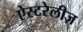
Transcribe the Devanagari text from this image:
ऐस्टरेलीज़